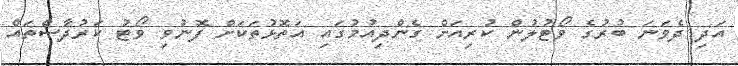
އަދި ދެވަނަ ބުރުގެ ވޯޓުލުން ކުރިއަށް ގެންދިއުމުގައި އަތޮޅުތަކަށް ފޮނުވި ވޯޓު ކަރުދާސްތައް